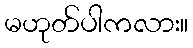
မဟုတ်ပါကလား။